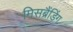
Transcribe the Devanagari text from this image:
मिसब्रैंडिंग